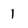
Character: 1